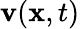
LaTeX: \mathbf{v}({\mathbf x},t)